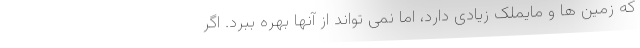
که زمین ها و مایملک زیادی دارد، اما نمی تواند از آنها بهره ببرد. اگر